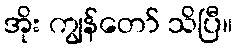
အိုး ကျွန်တော် သိပြီ။